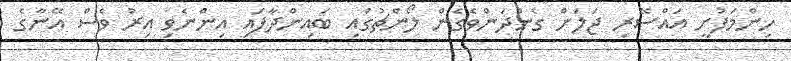
ހިންމަފުށީ އައްސޭރި ޖަލަށް ގެންދަންވެގެން ލޯންޗުގައި ބައިންދާފައި އިންނެވި އިރު ވެސް އޭނާގެ